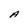
Character: A